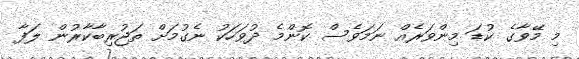
މި މޭވާގެ ކުޑަ މިންވަރެއް ނަމަވެސް ކޮންމެ ދުވަހަކު ނެގުމަށް ތަޖުރިބާކާރުން ލަފާ